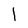
Character: l